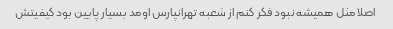
اصلا مثل همیشه نبود فکر کنم از شعبه تهرانپارس اومد بسیار پایین بود کیفیتش